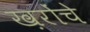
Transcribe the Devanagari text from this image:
ख़रोंचे